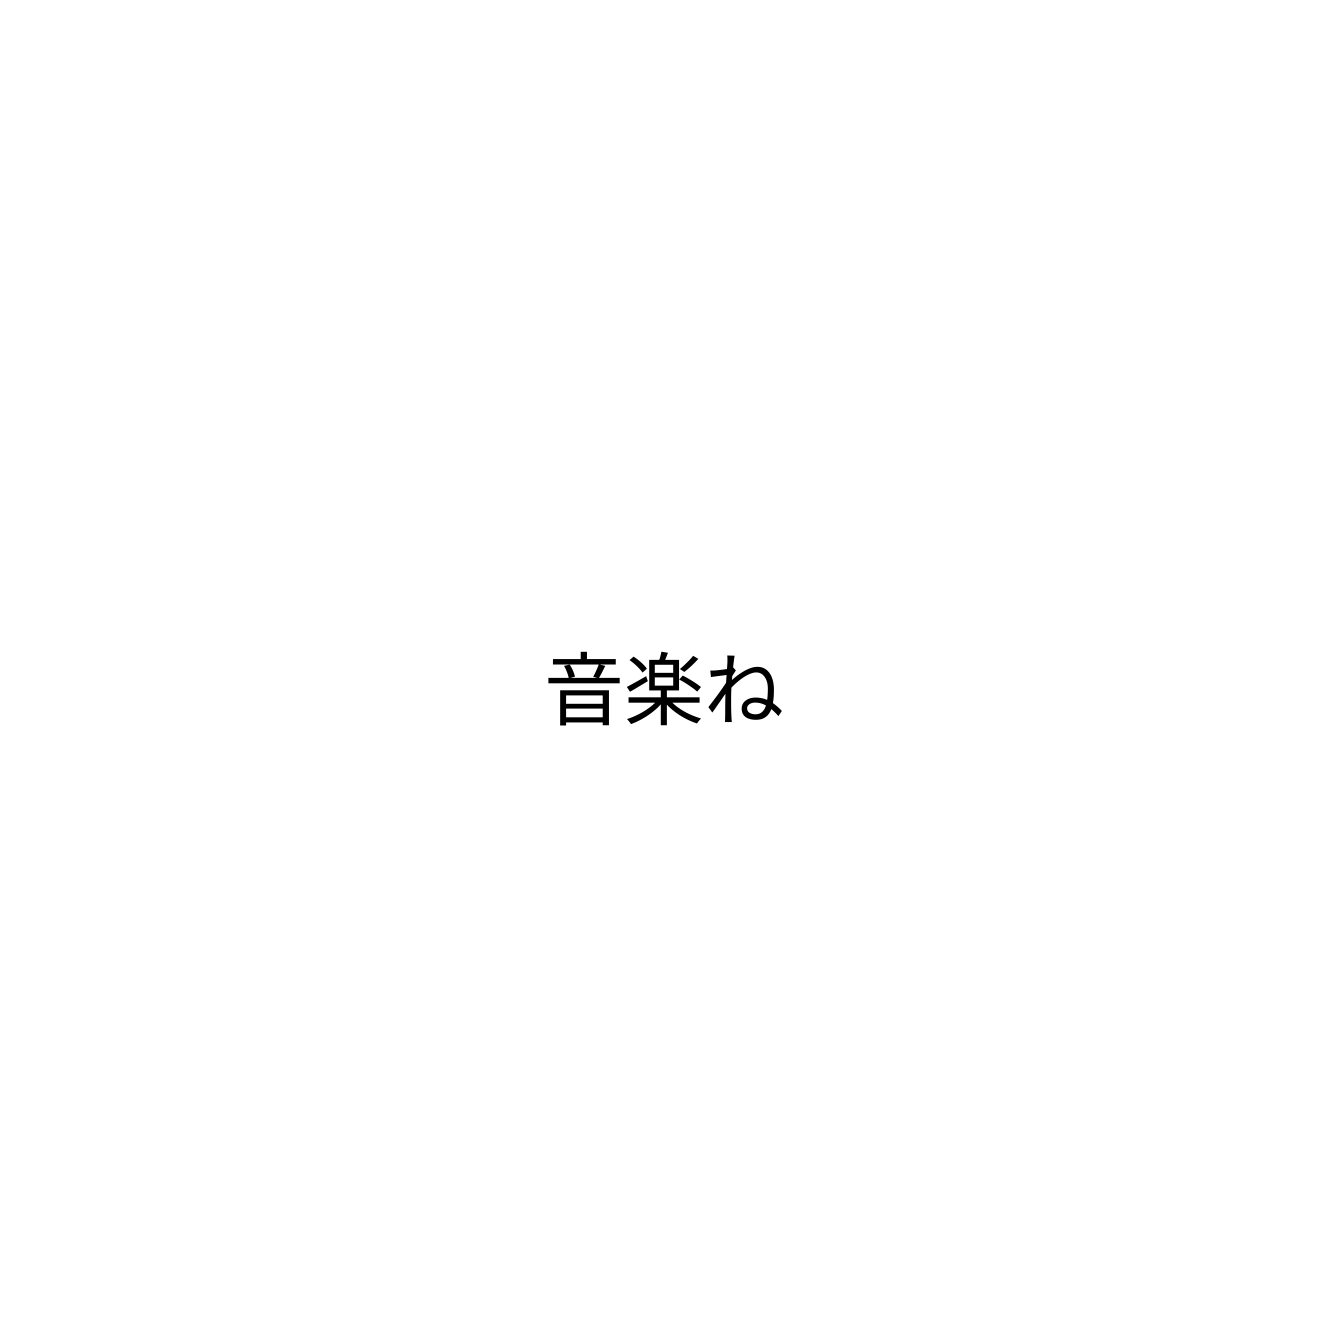
音楽ね